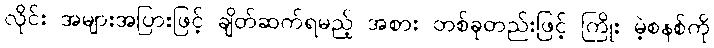
လိုင်း အများအပြားဖြင့် ချိတ်ဆက်ရမည့် အစား တစ်ခုတည်းဖြင့် ကြိုး မဲ့စနစ်ကို